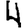
Digit: 4